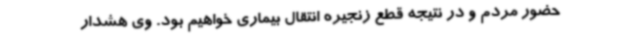
حضور مردم و در نتیجه قطع زنجیره انتقال بیماری خواهیم بود. وی هشدار